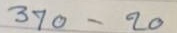
370 - 20